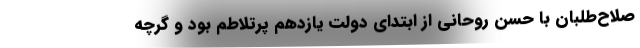
صلاح‌طلبان با حسن روحانی از ابتدای دولت یازدهم پرتلاطم بود و گرچه